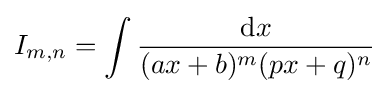
I_{m,n}=\int {\frac {{\text{d}}x}{(ax+b)^{m}(px+q)^{n}}}\,\!